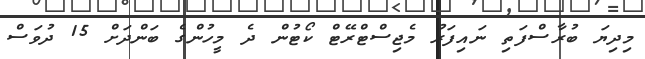
މިދިޔަ ބުރާސްފަތި ނައިފަރު މެޖިސްޓްރޭޓް ކޯޓުން ދެ މީހުންގެ ބަންދަށް 15 ދުވަސް